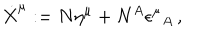
LaTeX: \dot { X } ^ { \mu } : = N \eta ^ { \mu } + N ^ { A } \epsilon ^ { \mu } { } _ { A } \, ,